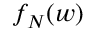
f _ { N } ( w )